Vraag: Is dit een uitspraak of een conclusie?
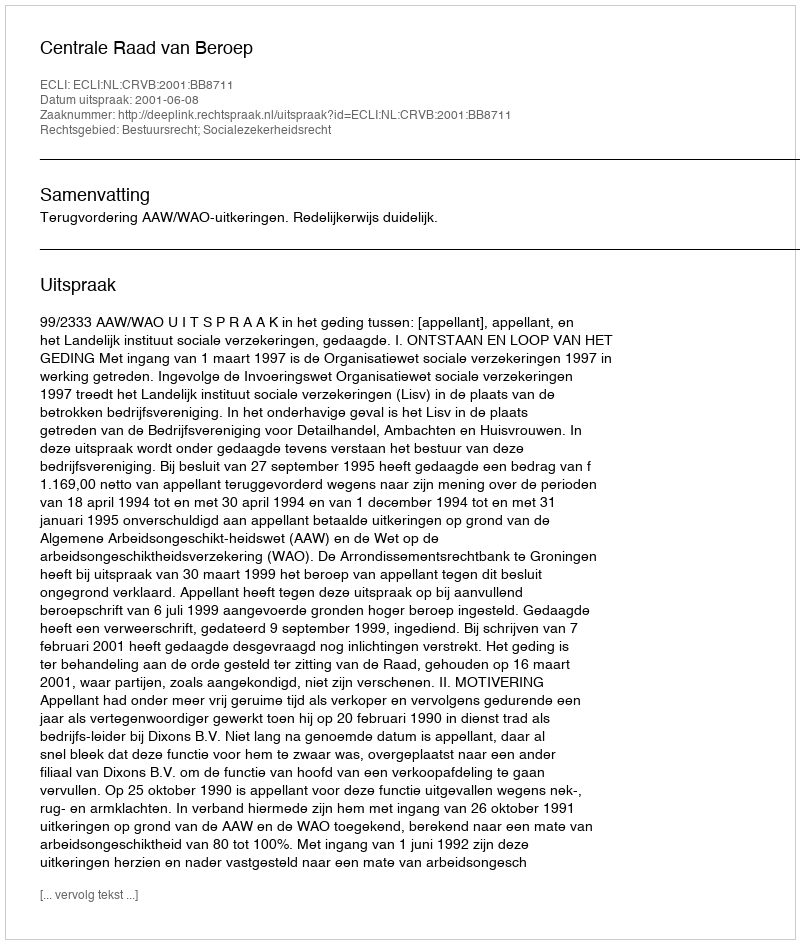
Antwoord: Uitspraak